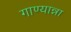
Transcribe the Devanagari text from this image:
गाण्यान्ना